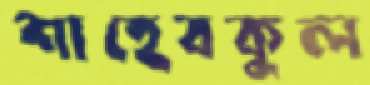
শাহেবকুল